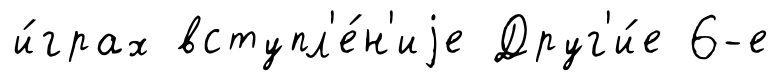
и́грах вступл'е́н'иjе Друг'и́е 6-е